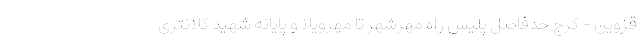
قزوین - کرج حدفاصل پلیس راه مهرشهر تا مهرویلا و پایانه شهید کلانتری